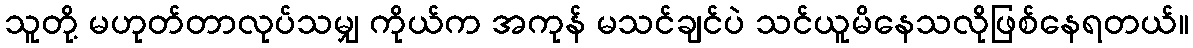
သူတို့ မဟုတ်တာလုပ်သမျှ ကိုယ်က အကုန် မသင်ချင်ပဲ သင်ယူမိနေသလိုဖြစ်နေရတယ်။